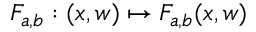
F _ { a , b } : ( x , w ) \mapsto F _ { a , b } ( x , w )